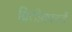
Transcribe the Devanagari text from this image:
द्वितीयपरार्वे